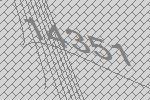
14351